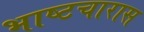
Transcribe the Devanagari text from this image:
भाष्टचारास